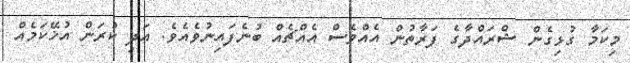
މިކަމާ ގުޅިގެން ޝްރައްދާގެ ފަރާތުން އެއްވެސް އެއްޗެއް ބުނެފައިނުވެއެވެ. އަދި ކުރަން އުޚޭކަމެއް